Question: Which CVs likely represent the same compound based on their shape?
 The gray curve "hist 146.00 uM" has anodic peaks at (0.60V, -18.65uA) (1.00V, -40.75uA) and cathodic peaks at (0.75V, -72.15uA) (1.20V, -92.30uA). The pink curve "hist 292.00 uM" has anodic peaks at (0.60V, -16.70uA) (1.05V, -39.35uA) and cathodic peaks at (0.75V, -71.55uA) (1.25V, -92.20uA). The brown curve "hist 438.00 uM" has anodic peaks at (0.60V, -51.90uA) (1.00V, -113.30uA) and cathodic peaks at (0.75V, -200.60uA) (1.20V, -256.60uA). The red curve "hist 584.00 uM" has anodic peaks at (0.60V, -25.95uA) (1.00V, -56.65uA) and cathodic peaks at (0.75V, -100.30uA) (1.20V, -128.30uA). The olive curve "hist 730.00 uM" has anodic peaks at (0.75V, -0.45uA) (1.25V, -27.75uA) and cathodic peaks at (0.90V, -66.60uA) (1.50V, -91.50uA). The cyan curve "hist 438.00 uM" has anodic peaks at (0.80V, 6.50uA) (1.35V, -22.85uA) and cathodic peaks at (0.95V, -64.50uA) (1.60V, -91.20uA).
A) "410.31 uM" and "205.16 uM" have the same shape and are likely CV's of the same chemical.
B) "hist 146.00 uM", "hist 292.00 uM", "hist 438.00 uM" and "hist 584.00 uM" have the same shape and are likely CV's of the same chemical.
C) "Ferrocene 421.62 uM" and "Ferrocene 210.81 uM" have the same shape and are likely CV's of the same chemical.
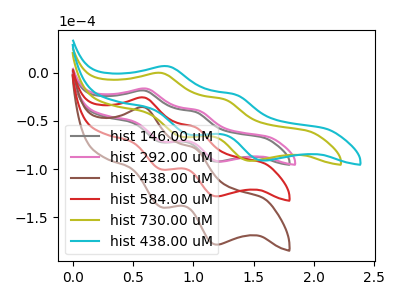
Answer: <think>All the peaks in "hist 146.00 uM" have a peak in "hist 292.00 uM" at the same potential. All the peaks in "hist 146.00 uM" have a peak in "hist 438.00 uM" at the same potential. All the peaks in "hist 146.00 uM" have a peak in "hist 584.00 uM" at the same potential. "hist 146.00 uM" and "hist 730.00 uM" have at least one peak that do not match. "hist 146.00 uM" and "hist 438.00 uM" have at least one peak that do not match. All the peaks in "hist 292.00 uM" have a peak in "hist 438.00 uM" at the same potential. All the peaks in "hist 292.00 uM" have a peak in "hist 584.00 uM" at the same potential. "hist 292.00 uM" and "hist 730.00 uM" have at least one peak that do not match. "hist 292.00 uM" and "hist 438.00 uM" have at least one peak that do not match. All the peaks in "hist 438.00 uM" have a peak in "hist 584.00 uM" at the same potential. "hist 438.00 uM" and "hist 730.00 uM" have at least one peak that do not match. "hist 438.00 uM" and "hist 438.00 uM" have at least one peak that do not match. "hist 584.00 uM" and "hist 730.00 uM" have at least one peak that do not match. "hist 584.00 uM" and "hist 438.00 uM" have at least one peak that do not match. "hist 730.00 uM" and "hist 438.00 uM" have at least one peak that do not match.
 </think>
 <answer>B) "hist 146.00 uM", "hist 292.00 uM", "hist 438.00 uM" and "hist 584.00 uM" have the same shape and are likely CV's of the same chemical.</answer>
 <eval>B</eval>